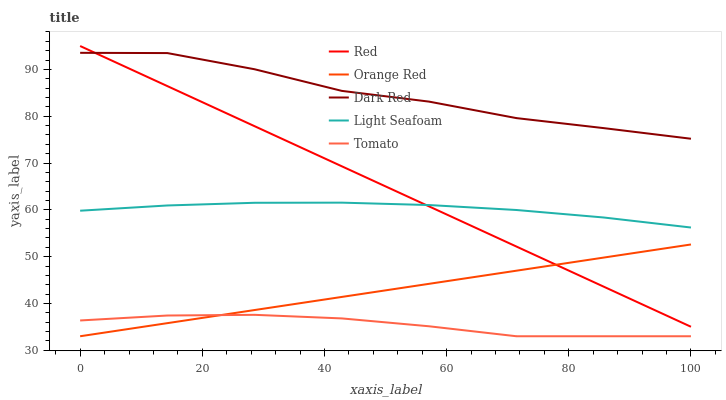
| xaxis_label | Red | Orange Red | Dark Red | Light Seafoam | Tomato |
 | --- | --- | --- | --- | --- | --- |
 | 0 | 95 | 33 | 93.5 | 59.8 | 36.4 |
 | 14.3 | 86.4 | 35.8 | 93.5 | 60.9 | 37.4 |
 | 28.6 | 77.9 | 38.6 | 90 | 61.5 | 37.6 |
 | 42.9 | 69.3 | 41.4 | 85.4 | 61.5 | 36.8 |
 | 57.1 | 60.7 | 44.2 | 83.1 | 61 | 35.1 |
 | 71.4 | 52.2 | 47 | 79.6 | 60 | 33 |
 | 85.7 | 43.6 | 49.8 | 77.5 | 58.4 | 33 |
 | 100 | 35 | 52.6 | 75.2 | 56.2 | 33 |